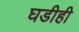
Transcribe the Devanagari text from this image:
घडीही